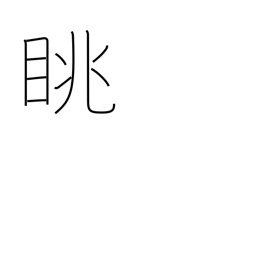
Meaning: look at